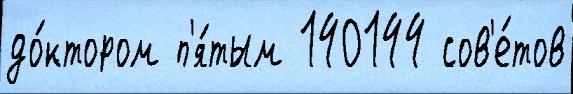
до́ктором п'я́тым 140144 сов'е́тов